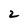
Character: 2